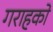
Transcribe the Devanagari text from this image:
गराहको